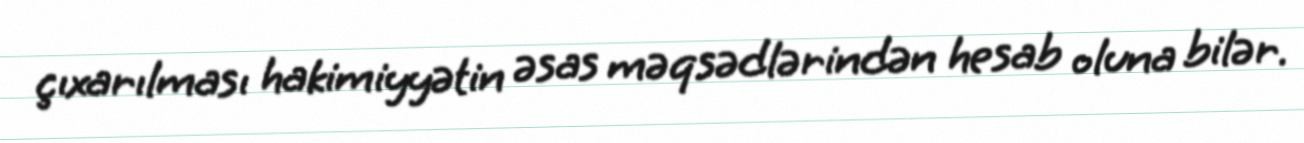
çıxarılması hakimiyyətin əsas məqsədlərindən hesab oluna bilər.